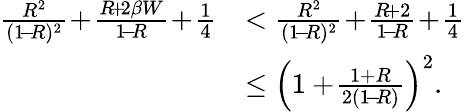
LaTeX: \begin{array}{rl}{\frac{R^{2}}{(1\! -\! R)^{2}}\! +\! \frac{R\! +\! 2\beta W}{1\! -\! R}\! +\! \frac{1}{4}}&{<\frac{R^{2}}{(1\! -\! R)^{2}}\! +\! \frac{R\! +2}{1\! -\! R}\! +\! \frac{1}{4}}\\ &{\leq\left(1+\! \frac{1+R}{2(1\! -\! R)}\right)^{2}.}\end{array}